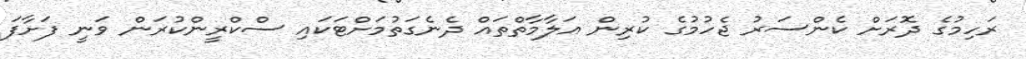
ރަހިމުގެ ދޮރަށް ކެންސަރު ޖެހުމުގެ ކުރިން އަލާމާތްތައް ދެނެގަތުމަށްޓަކައި ސްކްރީންކުރަން ވަނީ ފަށާފަ